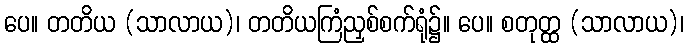
ပေ။ တတိယ (သာလာယ)၊ တတိယကြံညှစ်စက်ရုံ၌။ ပေ။ စတုတ္ထ (သာလာယ)၊